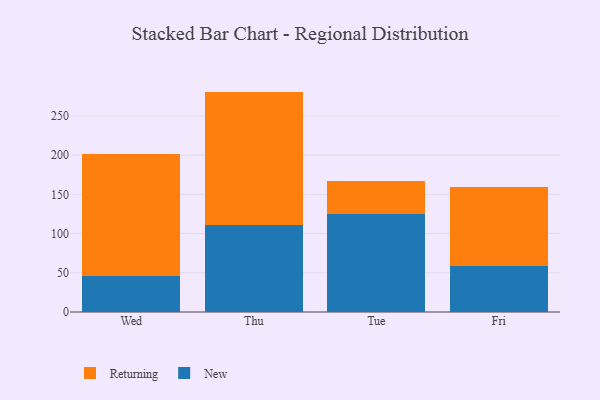
{"axis": {"x": "Day", "y": "Operating Costs (USD K)"}, "legend": ["New", "Returning"], "data": [{"x": "Wed", "y": 46.1, "type": "New"}, {"x": "Wed", "y": 155.5, "type": "Returning"}, {"x": "Thu", "y": 111.3, "type": "New"}, {"x": "Thu", "y": 169.7, "type": "Returning"}, {"x": "Tue", "y": 124.5, "type": "New"}, {"x": "Tue", "y": 43.0, "type": "Returning"}, {"x": "Fri", "y": 59.0, "type": "New"}, {"x": "Fri", "y": 100.2, "type": "Returning"}]}